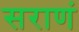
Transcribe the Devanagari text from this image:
सराणं